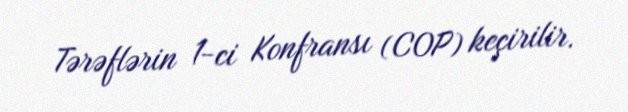
Tərəflərin 1-ci Konfransı (COP) keçirilir.